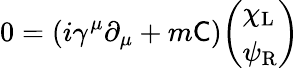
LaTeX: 0=(i\gamma^{\mu}\partial_{\mu}+m{\mathsf{C}}){\left(\begin{array}{l}{\chi_{\mathrm{{L}}}}\\ {\psi_{\mathrm{{R}}}}\end{array}\right)}